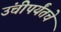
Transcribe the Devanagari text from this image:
उंचीपर्यंतचे